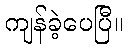
ကျန်ခဲ့ပေပြီ။